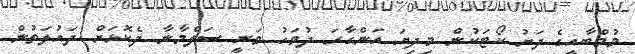
މުމްބާއީގެ ދަށު ކޯޓަކުން މިދިޔަ އަންގާރަ ދުވަހު ވަނީ ސަލްމާނާ ދެކޮޅަށް ދައުލަތުން